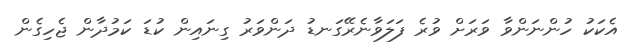
އެކަކު ހުންނަންވާ ވަރަށް ވުރެ ފަލަވާނެރޭގަނޑު ދަންވަރު ގިނައިން ކުޑަ ކަމުދާން ޖެހިގެން